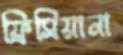
ফ্রিসিয়ানা